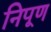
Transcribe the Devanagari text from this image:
निपूण